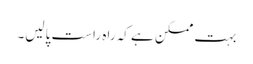
بہت ممکن ہے کہ راہِ راست پالیں۔